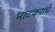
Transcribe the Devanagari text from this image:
भाटकरांचे